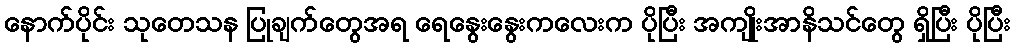
နောက်ပိုင်း သုတေသန ပြုချက်တွေအရ ရေနွေးနွေးကလေးက ပိုပြီး အကျိုးအာနိသင်တွေ ရှိပြီး ပိုပြီး